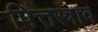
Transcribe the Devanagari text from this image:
पित्तस्त्राव